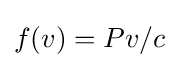
f(v)=Pv/c